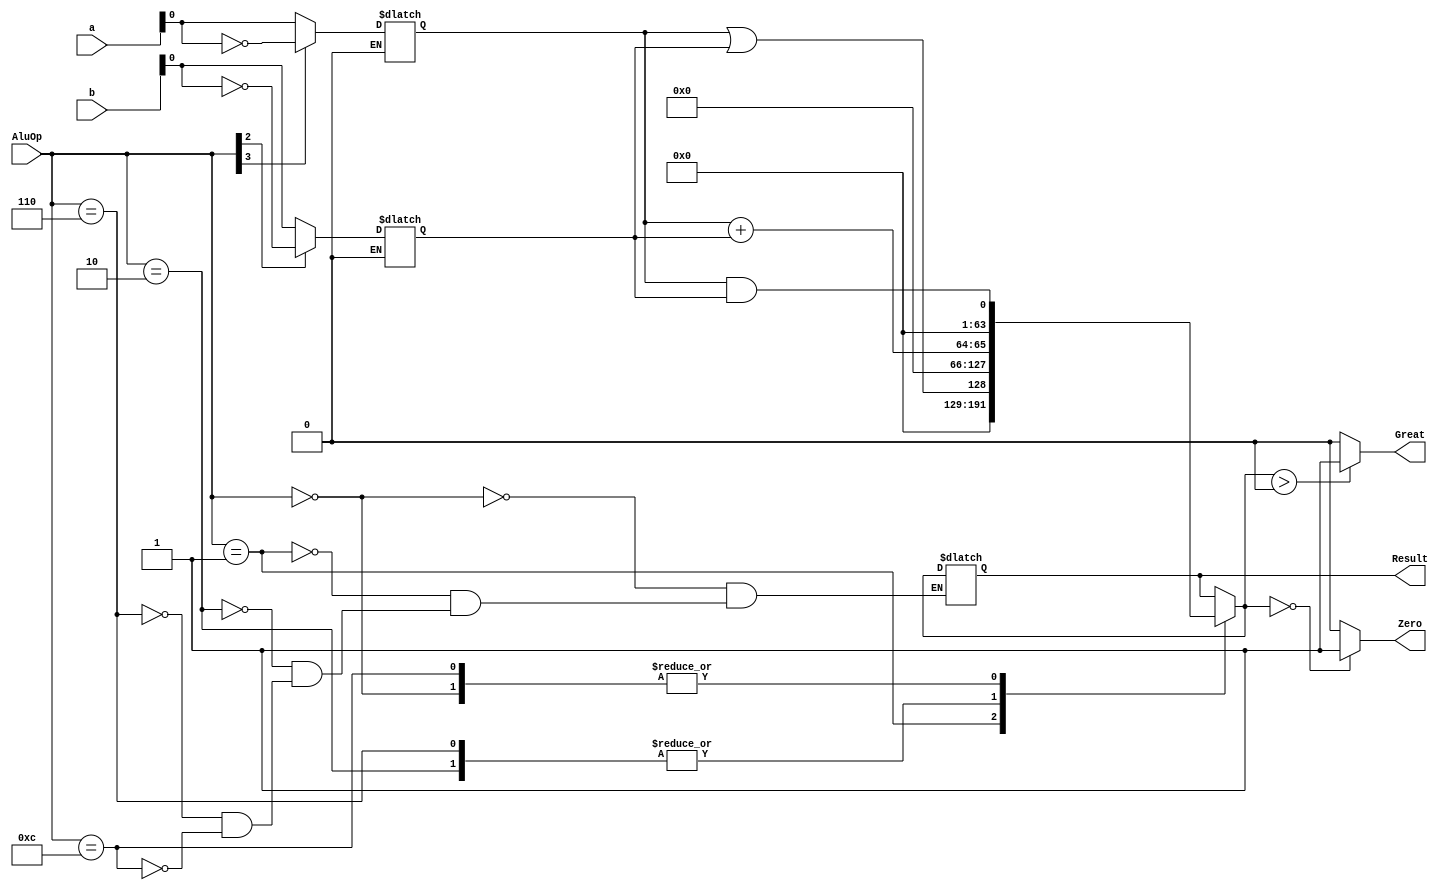
module ALU_64_bit(
	input [63:0]a,
	input [63:0]b,
	input [3:0]AluOp,
	output reg [63:0]Result,
	output reg Zero,
	output reg Great
);

wire abar,bbar;
reg mux1out,mux2out;
assign abar = ~a;
assign bbar = ~b;

always @*
begin
	if (AluOp[3] == 0)
		mux1out = a;
	else if (AluOp[3] == 1)
		mux1out = abar;
end
always @*
begin
	if (AluOp[2] == 0)
		mux2out = b;
	else if (AluOp[2] == 1)
		mux2out = bbar;
end

always @(*)
begin
	begin
		case(AluOp)
		4'b0000: begin
			Result = mux1out & mux2out;
				end
		4'b0001: begin 
			Result = mux1out | mux2out;
				end
		4'b0010:begin
			Result = mux1out + mux2out;
				end
		4'b0110:begin
			Result = mux1out + mux2out;
				end
		4'b1100: begin 
			Result = mux1out & mux2out;
				end
			endcase 
	end
	if (64'd0 == Result)
		begin
			Zero = 1'b1;
			
		end
	else
		begin
			Zero = 1'b0;

		end
	if (Result > 64'd0)  // a>b a-b>0
		begin
			Great = 1'b1;
		end
	else
		begin
			Great = 1'b0;
		end
	
end
endmodule